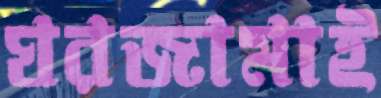
ঘরজামাই